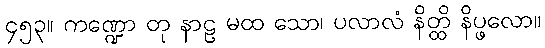
၄၅၃။ ကဏ္ဍော တု နာဠ မထ သော၊ ပလာလံ နိတ္ထိ နိပ္ဖလော။